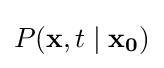
P(\mathbf {x} ,t\mid \mathbf {x_{0}} )